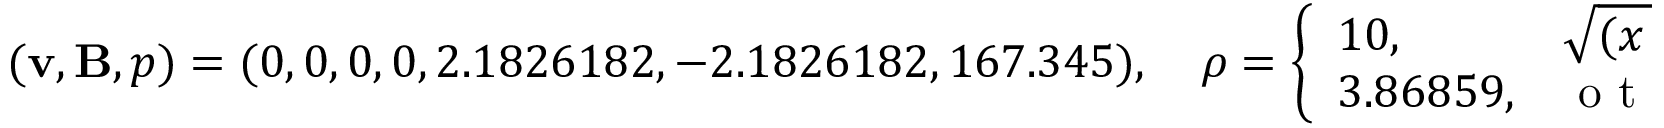
( \mathbf { v } , \mathbf { B } , p ) = ( 0 , 0 , 0 , 0 , 2 . 1 8 2 6 1 8 2 , - 2 . 1 8 2 6 1 8 2 , 1 6 7 . 3 4 5 ) , \quad \rho = \left\{ \begin{array} { l l } { 1 0 , } & { \sqrt { ( x - 0 . 8 ) ^ { 2 } + ( y - 0 . 5 ) ^ { 2 } } \leq 0 . 1 5 , } \\ { 3 . 8 6 8 5 9 , } & { \mathrm { ~ o ~ t ~ h ~ e ~ r ~ w ~ i ~ s ~ e ~ } , } \end{array} \right.